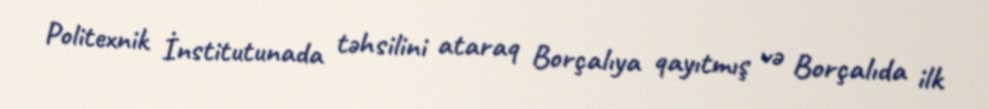
Politexnik İnstitutunada təhsilini ataraq Borçalıya qayıtmış və Borçalıda ilk